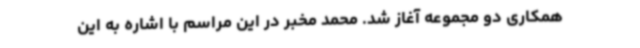
همکاری دو مجموعه آغاز شد. محمد مخبر در این مراسم با اشاره به این